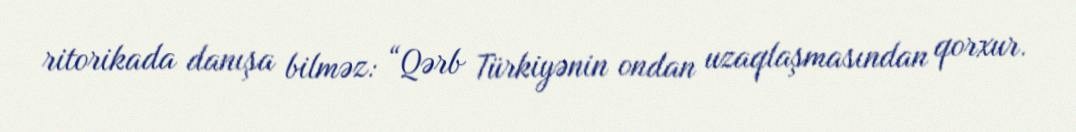
ritorikada danışa bilməz: “Qərb Türkiyənin ondan uzaqlaşmasından qorxur.